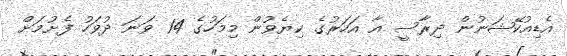
އެޑިއުކޭޝަނުން ދިރާސީ އާ އަހަރުގެ ކިޔެވުން މިމަހުގެ 14 ވަނަ ދުވަހު ފެށުމަށް